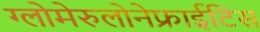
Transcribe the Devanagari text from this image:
ग्लोमेरुलोनेफ्राईटिस